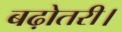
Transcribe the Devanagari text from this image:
बढ़ोतरी।